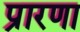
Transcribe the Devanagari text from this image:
प्रारणा